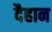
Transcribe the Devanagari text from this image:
दैहान